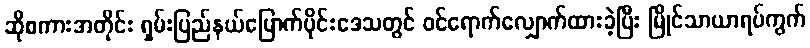
ဆိုစကားအတိုင်း ရှမ်းပြည်နယ်မြောက်ပိုင်းဒေသတွင် ဝင်ရောက်လျှောက်ထားခဲ့ပြီး မြိုင်သာယာရပ်ကွက်